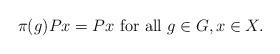
LaTeX: \begin{align*} \pi(g) P x = P x\textrm{ for all }g \in G, x \in X.\end{align*}